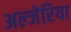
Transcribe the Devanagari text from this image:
अल्जेरिया